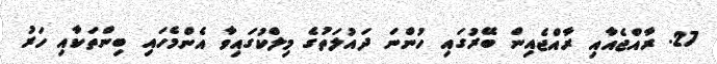
27. ރާއްޖެއާއި ރާއްޖެއިން ބޭރުގައި ހުންނަ ދައުލަތުގެ މިލްކުގައިވާ އެންމެހައި ބިންތަކާއި ހަރު